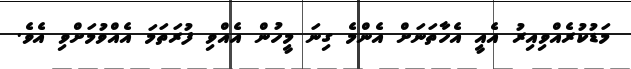
މަޑުކުރެއްވިއިރު އެއީ އެހާތަނަށް އެންމެ ގިނަ މީހުން އެއްވި ފުރަތަމަ އެއްވުމަށްވި އެވެ.